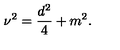
\nu ^ { 2 } = \frac { d ^ { 2 } } { 4 } + m ^ { 2 } .